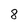
Character: 8